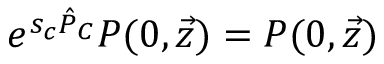
e ^ { s _ { c } \hat { P } _ { C } } P ( 0 , \vec { z } ) = P ( 0 , \vec { z } )